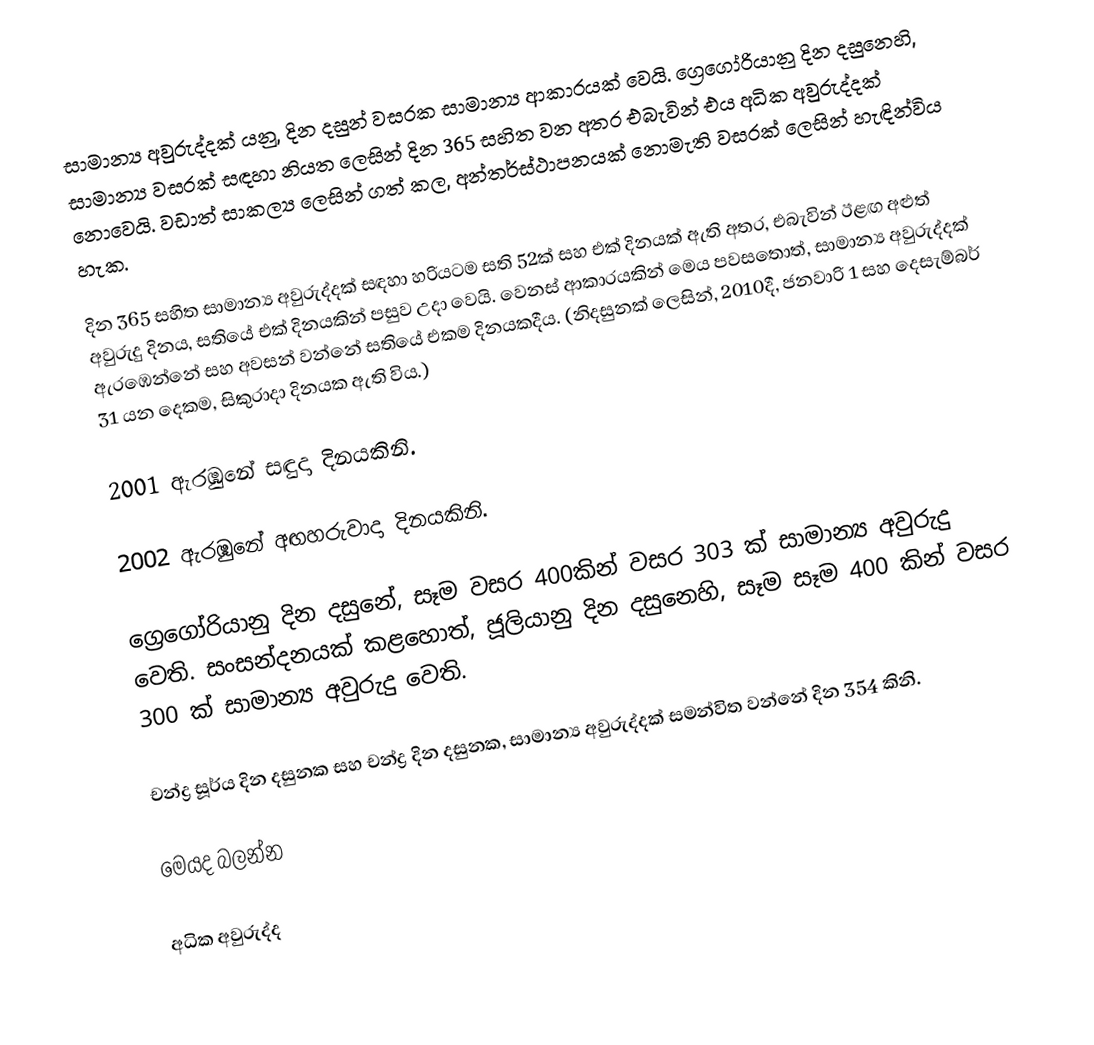
සාමාන්‍ය අවුරුද්දක් යනු,  දින දසුන් වසරක සාමාන්‍ය ආකාරයක් වෙයි. ග්‍රෙගෝරියානු දින දසුනෙහි, සාමාන්‍ය වසරක් සඳහා නියත ලෙසින් දින  365 සහිත වන අතර එබැවින් එය  අධික අවුරුද්දක් නොවෙයි. වඩාත් සාකල්‍ය ලෙසින් ගත් කල, අන්තර්ස්ථාපනයක් නොමැති වසරක් ලෙසින් හැඳින්විය හැක.

දින 365 සහිත සාමාන්‍ය අවුරුද්දක් සඳහා  හරියටම සති 52ක් සහ එක් දිනයක් ඇති අතර, එබැවින් ඊළඟ අළුත් අවුරුදු දිනය, සතියේ එක් දිනයකින් පසුව උදා වෙයි. වෙනස් ආකාරයකින් මෙය පවසතොත්, සාමාන්‍ය අවුරුද්දක් ඇරඹෙන්නේ සහ අවසන් වන්නේ සතියේ එකම දිනයකදීය. (නිදසුනක් ලෙසින්, 2010දී, ජනවාරි 1 සහ දෙසැම්බර් 31 යන දෙකම, සිකුරාදා දිනයක ඇති විය.)

 2001 ඇරඹුනේ සඳුදා දිනයකිනි.

 2002 ඇරඹුනේ අඟහරුවාදා දිනයකිනි.

ග්‍රෙගෝරියානු දින දසුනේ, සෑම වසර 400කින් වසර 303 ක් සාමාන්‍ය අවුරුදු වෙති. සංසන්දනයක් කළහොත්, ජූලියානු දින දසුනෙහි, සෑම සෑම 400 කින් වසර 300 ක් සාමාන්‍ය අවුරුදු වෙති.

චන්ද්‍ර සූර්ය දින දසුනක සහ චන්ද්‍ර දින දසුනක, සාමාන්‍ය අවුරුද්දක් සමන්විත වන්නේ දින 354 කිනි.

මෙයද බලන්න

 අධික අවුරුද්ද